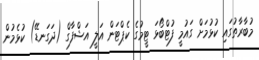
މުބާރާތުގައި ކުޅުމަށް ގައުމީ ފުޓްބޯޅަ ޓީމުގެ ކެޕްޓަން އަލީ އަޝްފާގް (ދަގަނޑޭ) ކުޅެމުން